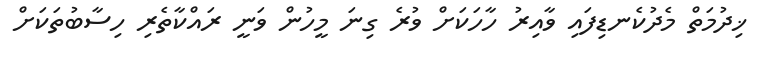
ޚިދުމަތް މެދުކެނޑިފައި ވާއިރު ހާހަކަށް ވުރެ ގިނަ މީހުން ވަނީ ރައްކާތެރި ހިސާބުތަކަށް